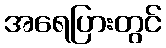
အရေပြားတွင်